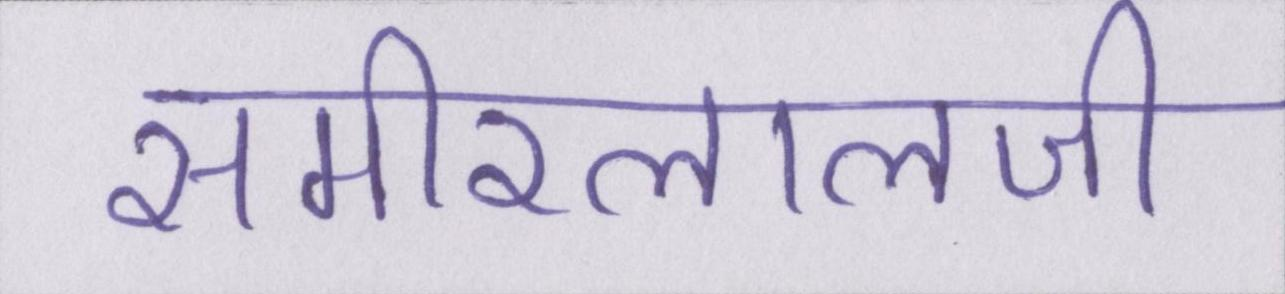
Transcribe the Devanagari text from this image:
समीरलालजी